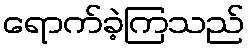
ရောက်ခဲ့ကြသည်